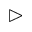
\vartriangleright